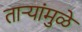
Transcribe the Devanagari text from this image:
ताऱ्यांमुळे